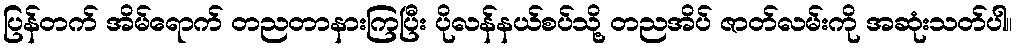
ပြန်တက် အိမ်ရောက် တညတာနားကြပြီး ပိုလန်နယ်စပ်သို့ တညအိပ် ဇာတ်လမ်းကို အဆုံးသတ်ပါ။